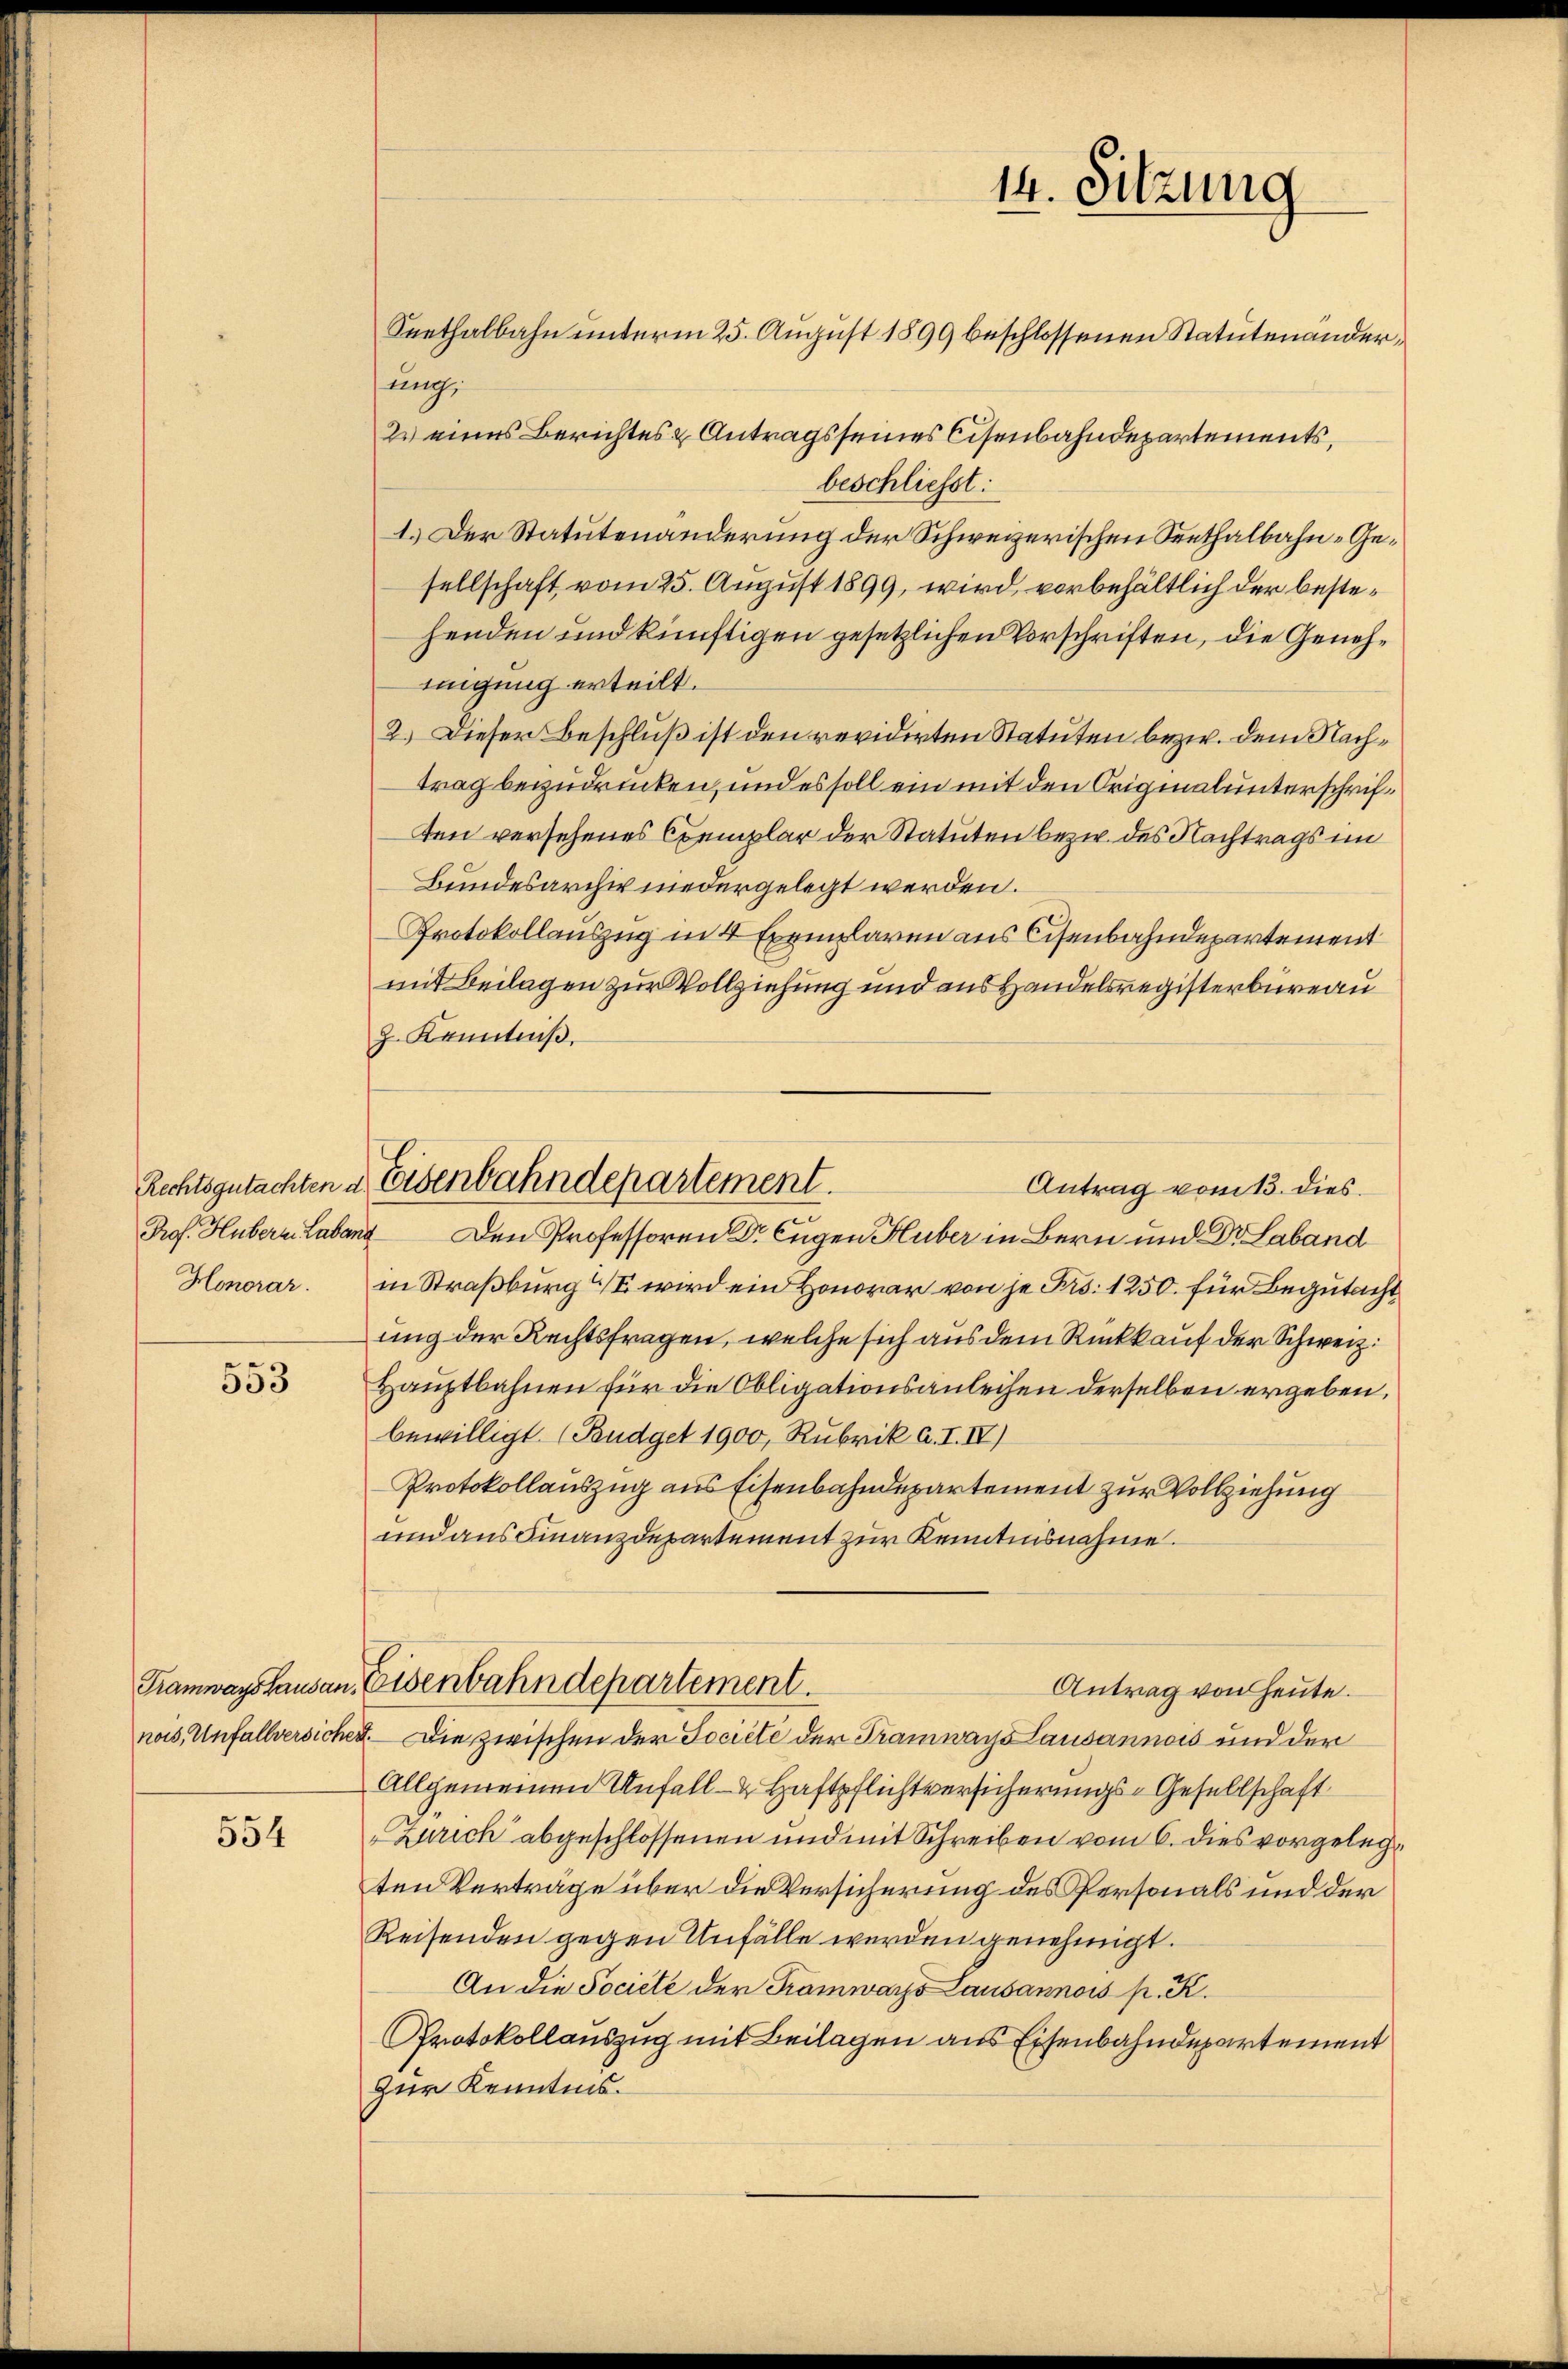
Prof. Hubern Laband
Honorar.

553

554

ung,
2. eines Berichtes & Antrags seines Cisenbahndepartements,
beschliesst:
1.) Der Statutenänderung der Schweizerischen Seethalbahn-Gesellschaft vom 25. August 1899, wird vorbehältlich der bestehenden und künftigen gesetzlichen Vorschriften, die Genehmingung erteilt.
2.) Dieser Beschluß ist den revidirten Statuten bezw. dem Nachtrag bezudrücken, und es soll ein mit den Originalunterschriften versehenes Exemplar der Statuten bezw. des Nachtrags im
Bundesarchiv niedergelegt werden.
Protokollauszug in 4 Exemplaren aus Cisenbahndepartement
mit Beilagen zur Vollziehung und aus Handelsregisterbüreau
J. Kenntniß.
Antrag vom 13. dies
Den Professoren Dr Eugen Huber in Bern und Dr. Laband
in Straßburg wird ein Honorar von je Frs. 1250. für Begutacht
ung der Rechtsfragen, welche sich aus dem Rückkauf der Schweiz.
Hauptbahnen für die Obligationsanleihen derselben ergeben,
bewilligt. (Budget 1900, Rubrik a. I. IV)
Protokollauszug aus Eisenbahndepartement zur Vollziehung
und aus Finanzdepartement zur Kenntnisnahme.
Tramwagshausen Eisenbahndepartement.
Antrag von Heute.
nois, Unfallversichen. Die zwischen der Societe der Tramways Lausannois und der
Allgemeinen Unfall - Haftpflichtversicherungs-Gesellschaft
Zürich abgeschlossenen und mit Schreiben vom 6. dies vorgelegten Verträge über die Versicherung des Personals und der
Reisenden gegen Unfälle werden genehmigt.
An die Socielle der Tramwarze Lausannois pr. K.
Protokollauszug mit Beilagen aus Eisenbahndepartement
Zur Kenntnis.

Rechtsgutachten a. Eisenbahndepartement.

14. Sitzung
Seethalbahn unterm 25. August 1899 beschlossenen Statutenänder,